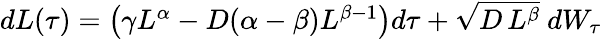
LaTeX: \begin{array}{r}{dL(\tau)=\left(\gamma L^{\alpha}-D(\alpha-\beta)L^{\beta-1}\right)d\tau+\sqrt{D\, L^{\beta}}\ dW_{\tau}}\end{array}